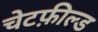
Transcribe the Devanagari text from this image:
चेटफ़ील्ड